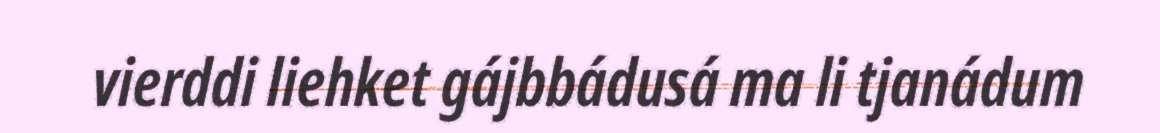
vierddi liehket gájbbádusá ma li tjanádum